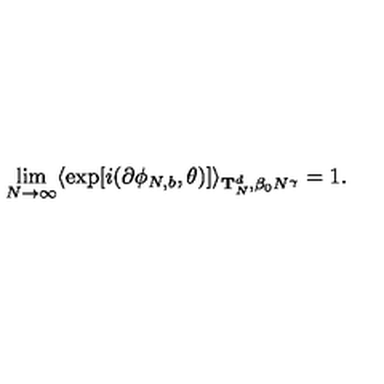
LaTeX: \lim _ { N \rightarrow \infty } \langle \exp [ i ( \partial \phi _ { N , b } , \theta ) ] \rangle _ { { \bf T } _ { N } ^ { d } , \beta _ { 0 } N ^ { \gamma } } = 1 .